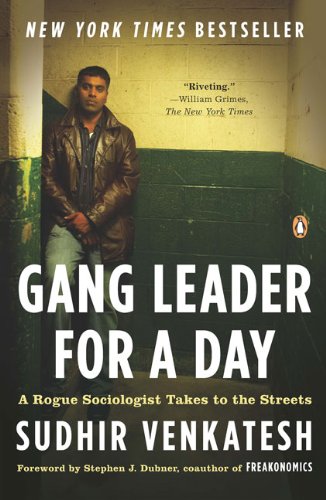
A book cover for Gang Leader for a Day: A Rogue Sociologist Takes to the Streets; Sudhir Venkatesh; Humor & Entertainment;